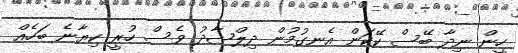
ހީން ނިދާ ބޭސް ކޭކަން އެނގުމުން ދިލްޝާދު ވެސް ހުރީ ކިޔާނެ ބަހެއް